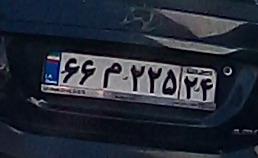
۶۶م۲۲۵۲۴